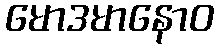
မောဒမာနောဝ